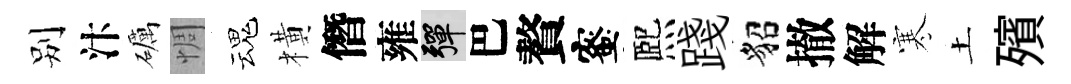
别汴礪惆魂橫僭雍彈巴贅蜜熈踐貂撤解寒土殯